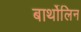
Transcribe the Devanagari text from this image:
बार्थोलिन